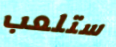
ستلعب